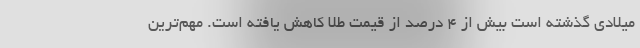
میلادی گذشته است بیش از ۴ درصد از قیمت طلا کاهش یافته است. مهم‌ترین